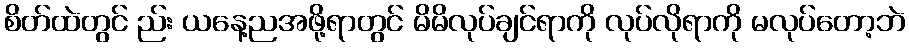
စိတ်ထဲတွင် ည်း ယနေ့ညအဖို့ရာတွင် မိမိလုပ်ချင်ရာကို လုပ်လိုရာကို မလုပ်တော့ဘဲ